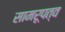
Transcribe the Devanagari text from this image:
सामरूपत्व